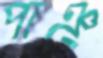
পাঞ্